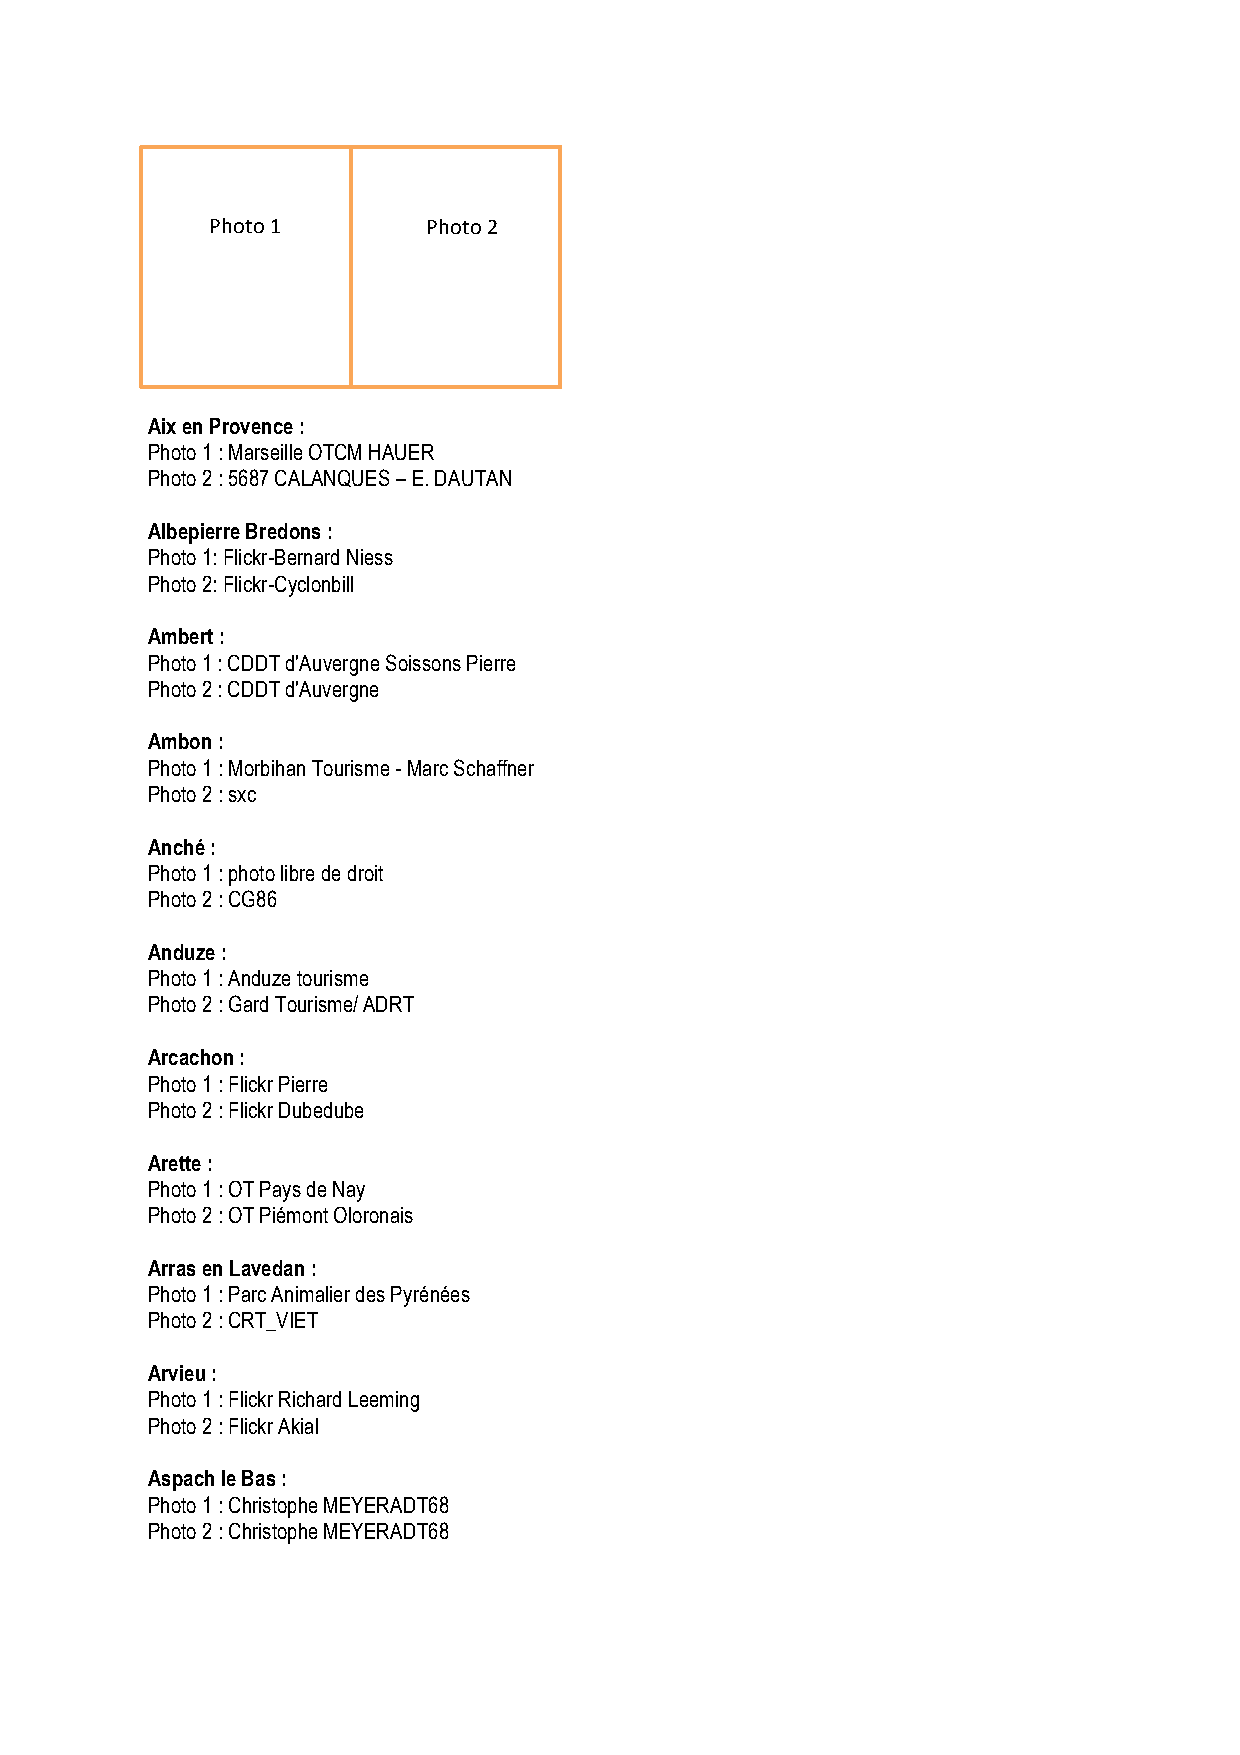
Photo 1       Photo 2
 Aix en Provence :
 Photo 1 : Marseille OTCM HAUER
 Photo 2 : 5687 CALANQUES – E. DAUTAN
 Albepierre Bredons :
 Photo 1: Flickr-Bernard Niess
 Photo 2: Flickr-Cyclonbill
 Ambert :
 Photo 1 : CDDT d'Auvergne Soissons Pierre
 Photo 2 : CDDT d'Auvergne
 Ambon :
 Photo 1 : Morbihan Tourisme - Marc Schaffner
 Photo 2 : sxc
 Anché :
 Photo 1 : photo libre de droit
 Photo 2 : CG86
 Anduze :
 Photo 1 : Anduze tourisme
 Photo 2 : Gard Tourisme/ ADRT
 Arcachon :
 Photo 1 : Flickr Pierre
 Photo 2 : Flickr Dubedube
 Arette :
 Photo 1 : OT Pays de Nay
 Photo 2 : OT Piémont Oloronais
 Arras en Lavedan :
 Photo 1 : Parc Animalier des Pyrénées
 Photo 2 : CRT_VIET
 Arvieu :
 Photo 1 : Flickr Richard Leeming
 Photo 2 : Flickr Akial
 Aspach le Bas :
 Photo 1 : Christophe MEYERADT68
 Photo 2 : Christophe MEYERADT68